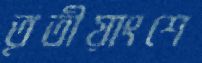
তৃতীয়াংশে